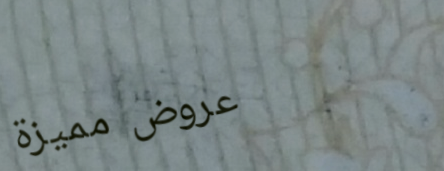
عروض مميزة